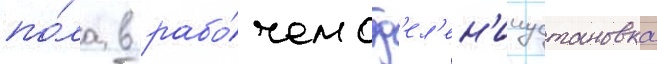
по́ла в рабо́чем отд'ел'ен'ииустановка